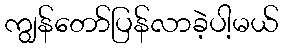
ကျွန်တော်ပြန်လာခဲ့ပါ့မယ်